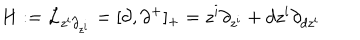
LaTeX: H : = { \cal L } _ { z ^ { i } \partial _ { z ^ { i } } } = [ \partial , \partial ^ { + } ] _ { + } = z ^ { i } \partial _ { z ^ { i } } + d z ^ { i } \partial _ { d z ^ { i } }